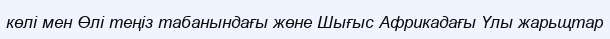
көлі мен Өлі теңіз табанындағы жөне Шығыс Африкадағы Үлы жарьщтар